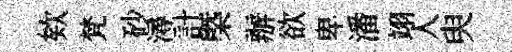
欸梵砂潯計㮣辦欲卑潘翊人臾